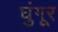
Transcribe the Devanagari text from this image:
घुंगूर